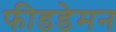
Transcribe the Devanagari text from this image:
फीडडेमन